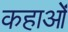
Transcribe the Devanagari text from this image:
कहाओं